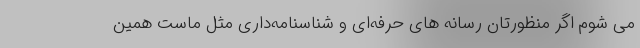
می شوم اگر منظورتان رسانه های حرفه‌ای و شناسنامه‌داری مثل ماست همین